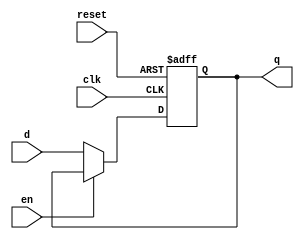
`timescale 1ns / 1ps
//////////////////////////////////////////////////////////////////////////////////
// Company: 
// Engineer: 
// 
// Design Name: 
// Module Name: 1WordFF
// Project Name: 
// Target Devices: 
// Tool Versions: 
// Description: 
// 
// Dependencies: 
// 
// Revision:
// Revision 0.01 - File Created
// Additional Comments:
// 
//////////////////////////////////////////////////////////////////////////////////


module OneWordFF(
    clk, reset, en, d, q
    );
  
    input clk, reset, en;
    input [31:0] d;
    output reg [31:0] q;
    
    always @(posedge clk, posedge reset) begin
        if (reset)
            q <= 0;
        else if (!en)
            q <= d;
    end
    
endmodule